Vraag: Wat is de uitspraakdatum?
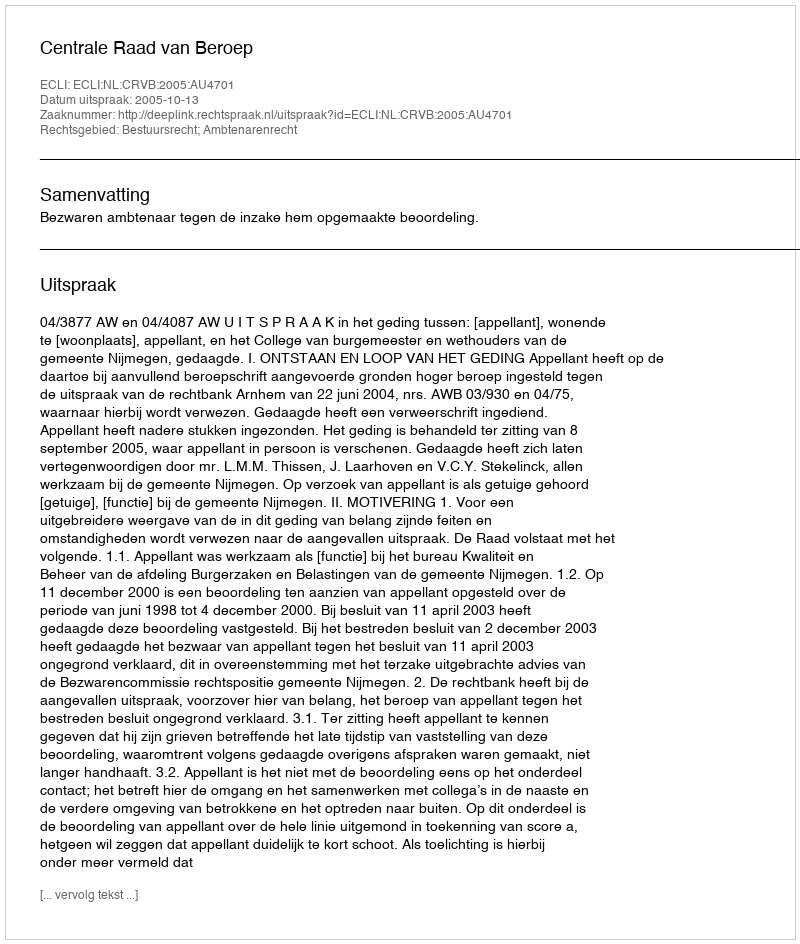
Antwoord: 2005-10-13